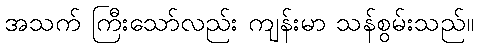
အသက် ကြီးသော်လည်း ကျန်းမာ သန်စွမ်းသည်။